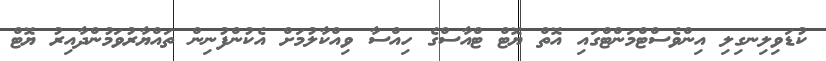
ކުޑަވިލިނގިލި އިންވެސްޓްމަންޓްގައި އޮތް ޔޮޓް ޓްއާސްގެ ހިއްސާ ވިއްކާލުމަށް އެކުންފުނިން ތައްޔާރުވަމުންދާއިރު ޔޮޓް